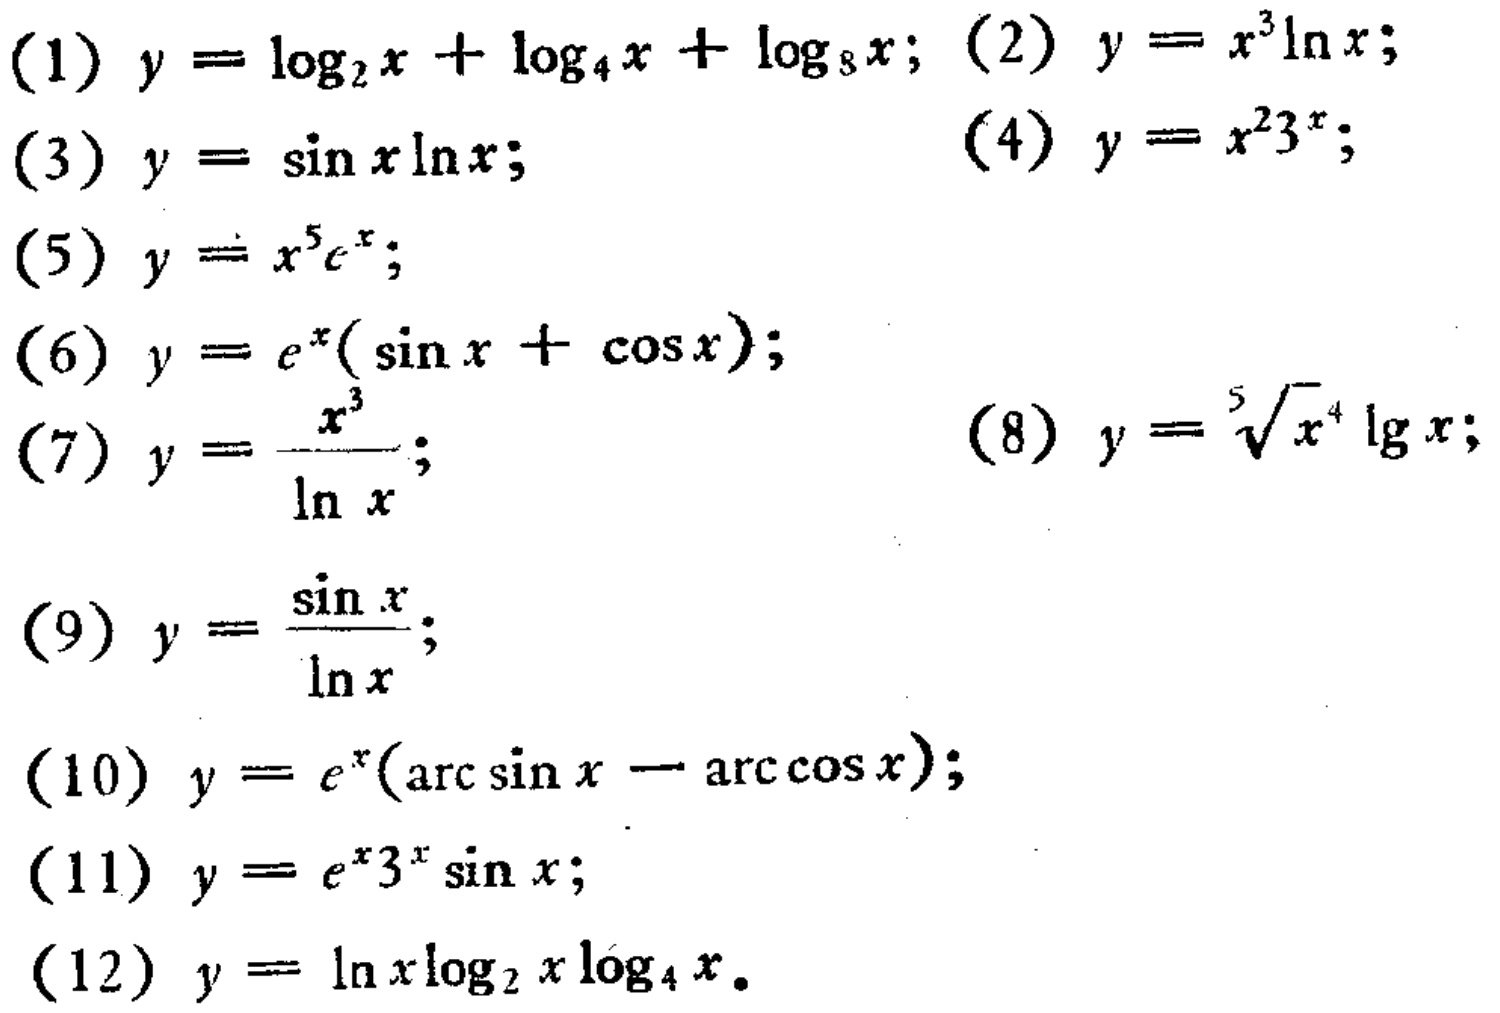
(1) \(y = \log_{2}x+\log_{4}x+\log_{8}x\); (2) \(y = x^{3}\ln x\);
(3) \(y = \sin x\ln x\); (4) \(y = x^{2}3^{x}\);
(5) \(y = x^{5}e^{x}\);
(6) \(y = e^{x}(\sin x+\cos x)\);
(7) \(y = \frac{x^{3}}{\ln x}\); (8) \(y = \sqrt[5]{x^{4}}\lg x\);
(9) \(y = \frac{\sin x}{\ln x}\);
(10) \(y = e^{x}(\arcsin x-\arccos x)\);
(11) \(y = e^{x}3^{x}\sin x\);
(12) \(y = \ln x\log_{2}x\log_{4}x\).